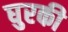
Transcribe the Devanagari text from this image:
घुरकी